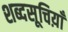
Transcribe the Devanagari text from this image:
शब्दसूचिय़ाँ